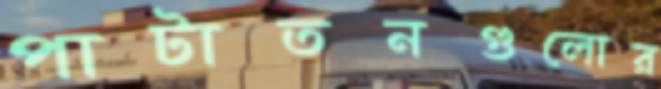
পাটাতনগুলোর